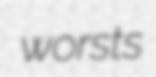
worsts